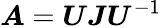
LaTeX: \boldsymbol{A}=\boldsymbol{U}\boldsymbol{J}\boldsymbol{U}^{-1}